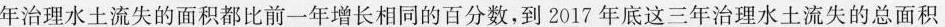
年治理水土流失的面积都比前一年增长相同的百分数，到2017年底这三年治理水土流失的总面积